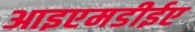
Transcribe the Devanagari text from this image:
आइएमडीईए